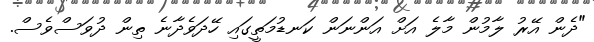
"ދެން އޭރު ލާމުން މާލެ އަށް އަންނަން ކަނޑުމަތީގައި ހޭދަވެދާނެ ތިން ދުވަސްވެސް.